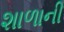
શાળાની